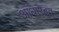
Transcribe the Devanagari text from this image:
आधारवत्